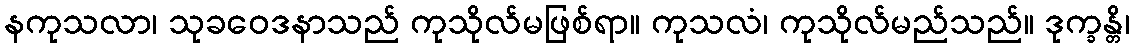
နကုသလာ၊ သုခဝေဒနာသည် ကုသိုလ်မဖြစ်ရာ။ ကုသလံ၊ ကုသိုလ်မည်သည်။ ဒုက္ခန္တိ၊